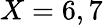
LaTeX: X=6,7